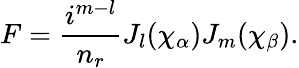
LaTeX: F=\frac{i^{m-l}}{n_{r}}J_{l}(\chi_{\alpha})J_{m}(\chi_{\beta}).